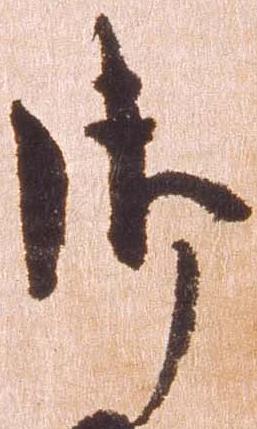
御